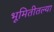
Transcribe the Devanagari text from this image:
भूमितीतल्या